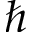
\hslash